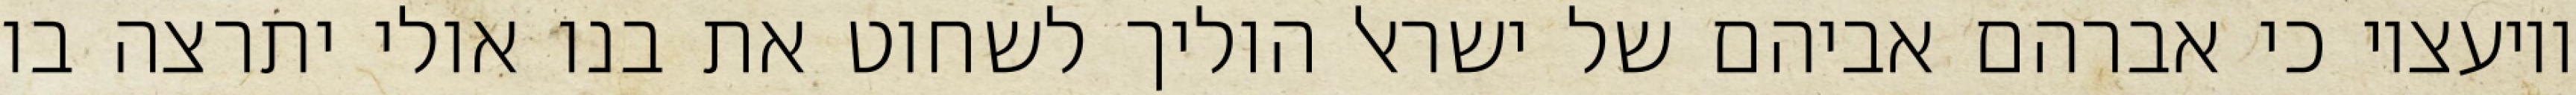
ויועציו כי אברהם אביהם של ישראל הוליך לשחוט את בנו אולי יתרצה בו